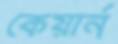
কেয়ার্ন